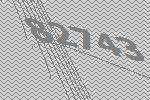
82743